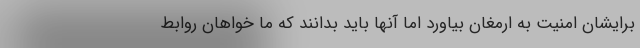
برایشان امنیت به ارمغان بیاورد اما آنها باید بدانند که ما خواهان روابط